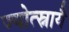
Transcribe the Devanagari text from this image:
ज्योत्स्नायै